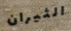
الثيران